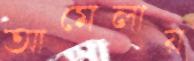
আমেলায়